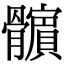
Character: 𩪯